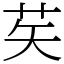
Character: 䒨